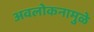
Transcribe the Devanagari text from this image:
अवलोकनामुळे